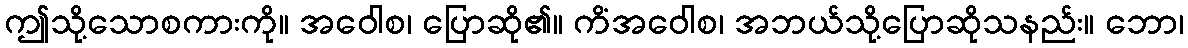
ဤသို့သောစကားကို။ အဝေါစ၊ ပြောဆို၏။ ကိံအဝေါစ၊ အဘယ်သို့ပြောဆိုသနည်း။ ဘော၊